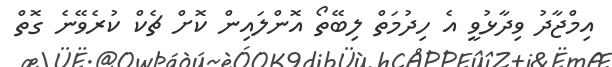
އިމްޖާދު ވިދާޅުވީ އެ ހިދުމަތް ލިބޭތޯ އޮންލައިން ކޮށް ޗެކް ކުރެވޭނެ ގޮތް